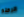
الرحله